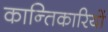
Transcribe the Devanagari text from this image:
कान्तिकारियों